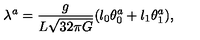
\lambda ^ { a } = \frac { g } { L \sqrt { 3 2 \pi G } } ( l _ { 0 } \theta _ { 0 } ^ { a } + l _ { 1 } \theta _ { 1 } ^ { a } ) ,